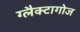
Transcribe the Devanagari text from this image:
ग्लैक्टागोज